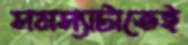
সমস্যাটাতেই